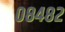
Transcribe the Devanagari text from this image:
०८४८२